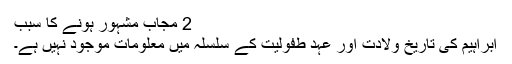
2 مجاب مشہور ہونے کا سبب
ابراہیم کی تاریخ ولادت اور عہد طفولیت کے سلسلہ میں معلومات موجود نہیں ہے۔